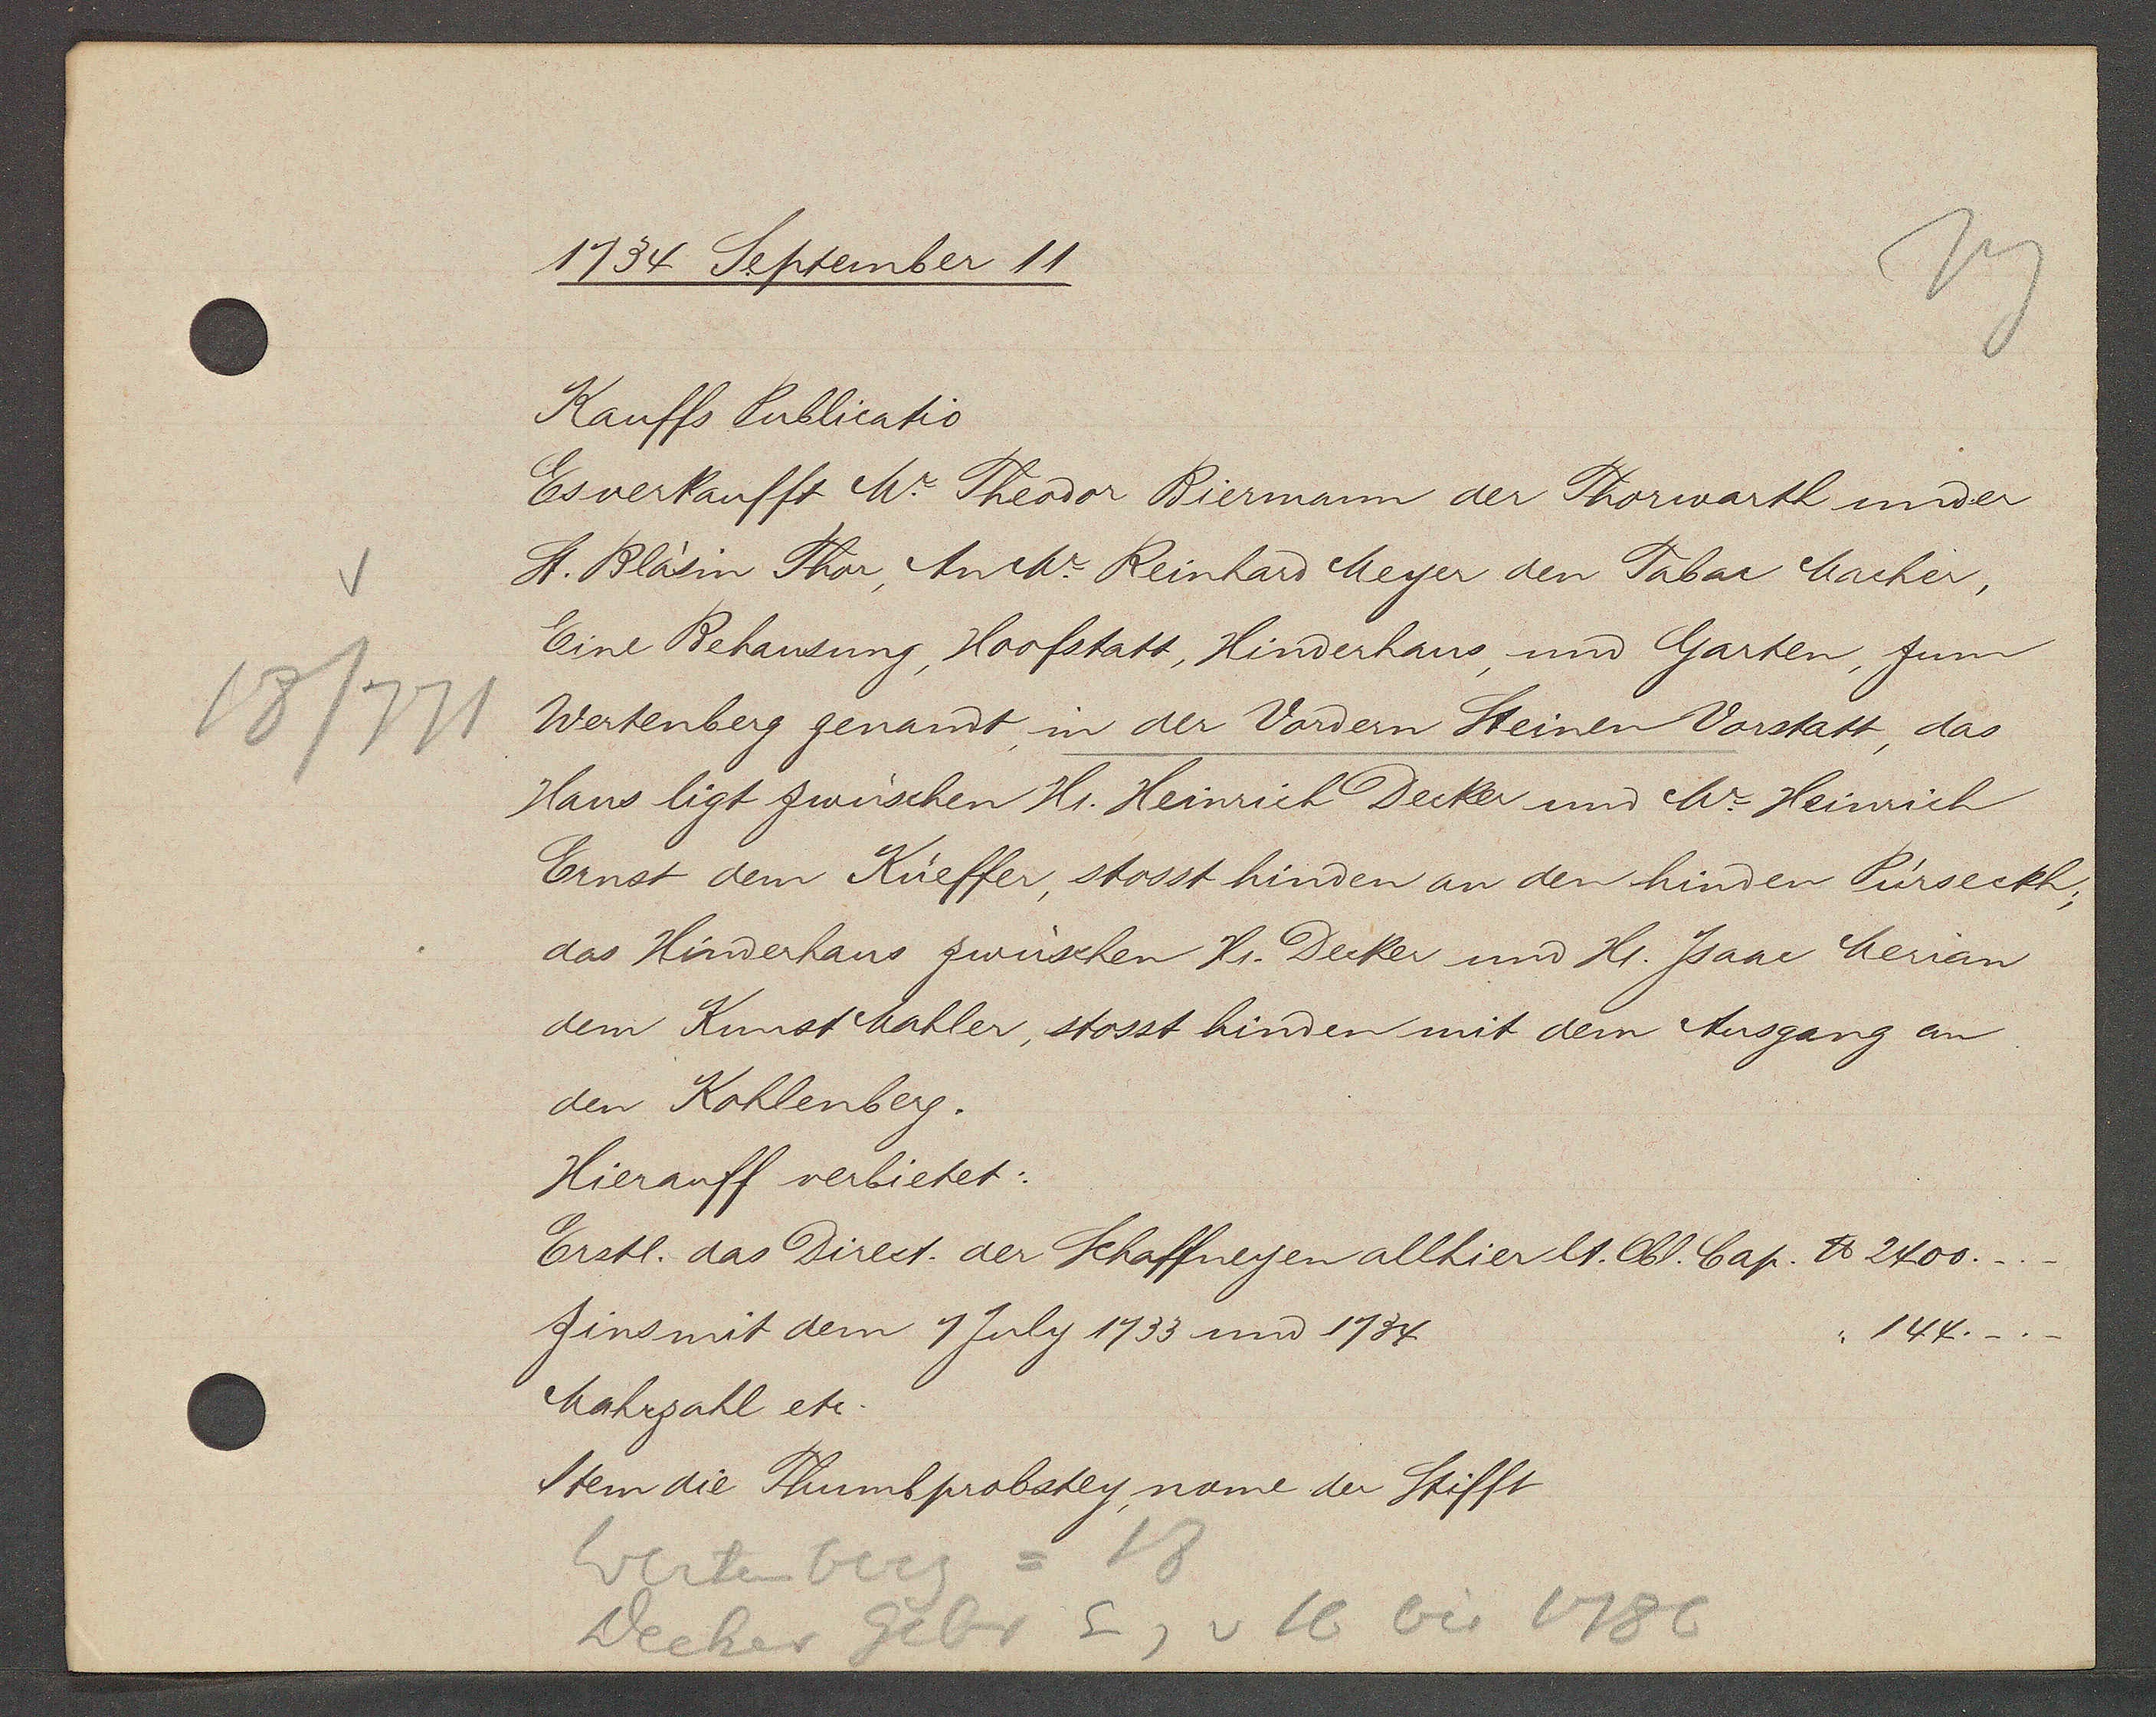
Transcript:
1734 September 11

18/771

Kauffs Publicatio
Es verkaufft Mr Theodor Riermann der Thorwarth under
St. Bläsin Thor an Mr Reinhard Meyer den Tabac Macher,
Eine Behausung, Hoofstatt, Hinderhaus, und Garten, zum
Wertenberg genandt, in der Vordern Steinen Vorstatt, das
Haus ligt zwüschen Hr. Heinrich Decker und Mr Heinrich
Ernst dem Küeffer, stosst hinden an den hinden Pirseckh,
das Hinderhaus zwüschen Hr. Decker und Hr. Jsane Merian
dem Kunst Mahler, stosst hinden mit dem Ausgang an
den Kohlenberg.
Hierauff verbietet:
Erstl. das Direct. der Schaffneyen allhier lt. Obl. Cap. ℔ 2400.
zins mit dem 1 July 1733 und 1734
144._._
Mahrzahl etc.
Item die Thumbprobstey, nome der Stifft

Wertenberg
= 18
v 16
bis 1786
Eg
Wecher Gebr